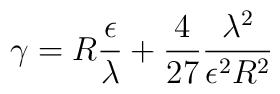
\gamma =R\frac \epsilon \lambda +\frac 4{27}\frac{\lambda ^2}{\epsilon ^2R^2}